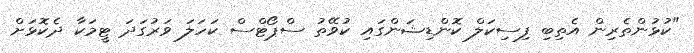
"ކުޅުންތެރިން އެތިބި ފިސިކަލް ކޮންޑިޝަންގައި ކުވޭތު ސްޕޯޓްސް ކަހަލަ ވަރުގަދަ ޓީމަކާ ދެކޮޅަށް